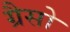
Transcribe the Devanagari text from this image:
ग्रैसो